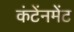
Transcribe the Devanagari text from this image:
कंटेंनमेंट